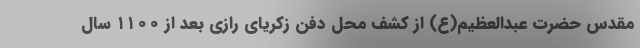
مقدس حضرت عبدالعظیم(ع) از کشف محل دفن زکریای رازی بعد از ۱۱۰۰ سال